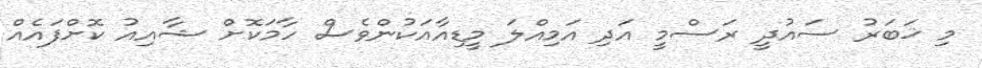
މި ޚަބަރު ސައުދީ ރަސްމީ އަދި އަމިއްލަ މީޑިއާއަކުންވެސް ހާމަކޮށް ޝާއިއު ކޮށްފައެއް